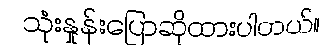
သုံးနှုန်းပြောဆိုထားပါတယ်။